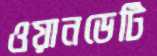
ওয়ানডেটি